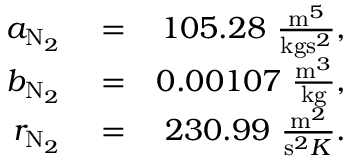
\begin{array} { r l r } { a _ { \mathrm { N } _ { 2 } } } & { { } = } & { 1 0 5 . 2 8 ~ \frac { \mathrm { m } ^ { 5 } } { \mathrm { k g } \mathrm { s } ^ { 2 } } , } \\ { b _ { \mathrm { N } _ { 2 } } } & { { } = } & { 0 . 0 0 1 0 7 ~ \frac { \mathrm { m } ^ { 3 } } { \mathrm { k g } } , } \\ { r _ { \mathrm { N } _ { 2 } } } & { { } = } & { 2 3 0 . 9 9 ~ \frac { \mathrm { m } ^ { 2 } } { \mathrm { s } ^ { 2 } K } . } \end{array}